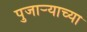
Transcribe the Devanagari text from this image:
पुजार्‍याच्या